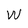
Character: W